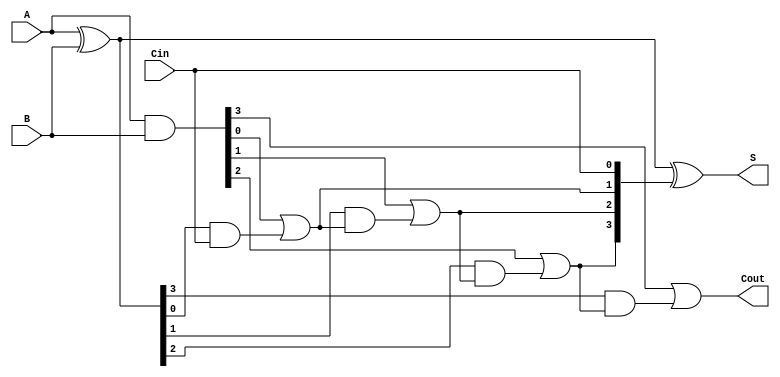
module RCLA #(parameter N = 4) (
    input [N-1:0] A,
    input [N-1:0] B,
    input Cin,
    output [N-1:0] S,
    output Cout
);

    wire [N-1:0] G; // Generate signals
    wire [N-1:0] P; // Propagate signals
    wire [N:0] C;   // Carry signals

    // Generate and Propagate Logic
    assign G = A & B;           // Generate: Gi = Ai * Bi
    assign P = A ^ B;           // Propagate: Pi = Ai XOR Bi

    // Carry Generation Logic
    assign C[0] = Cin;          // Initial carry-in
    genvar i;
    generate
        for (i = 0; i < N; i = i + 1) begin : carry_gen
            assign C[i + 1] = G[i] | (P[i] & C[i]); // Ci+1 = Gi + (Pi * Ci)
        end
    endgenerate

    // Sum Calculation
    assign S = P ^ C[N-1:0];    // Si = Pi XOR Ci

    // Carry-out
    assign Cout = C[N];          // Final carry-out

endmodule